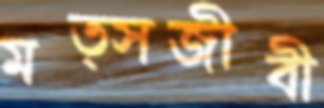
মত্সজীবী